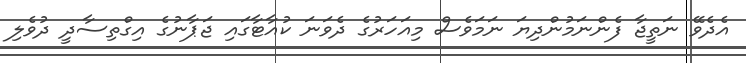
އެދެވޭ ނަތީޖާ ފެންނަމުންދިޔަ ނަމަވެސް މިއަހަރުގެ ދެވަނަ ކުއާޓާގައި ޖަޕާނުގެ އިގްތިސާދީ ދުވެލި